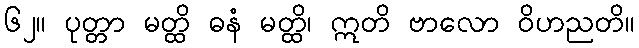
၆၂။ ပုတ္တာ မတ္ထိ ဓနံ မတ္ထိ၊ ဣတိ ဗာလော ဝိဟညတိ။